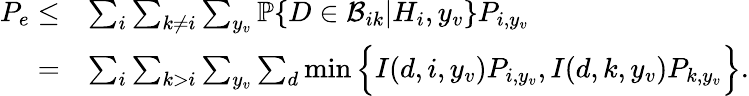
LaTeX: \begin{array}{rl}{P_{e}\leq}&{\sum_{i}\sum_{k\neq i}\sum_{y_{v}}{\mathbb P}\{ D\in{\mathcal B}_{ik}|H_{i},y_{v}\} P_{i,y_{v}}}\\ {=}&{\sum_{i}\sum_{k>i}\sum_{y_{v}}\sum_{d}\operatorname*{min}\Big\{ I(d,i,y_{v})P_{i,y_{v}},I(d,k,y_{v})P_{k,y_{v}}\Big\} .}\end{array}